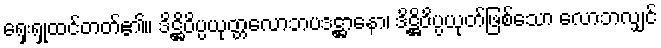
ရှေးရှုထင်တတ်၏။ ဒိဋ္ဌိဝိပ္ပယုတ္တလောဘပဒဋ္ဌာနော၊ ဒိဋ္ဌိဝိပ္ပယုတ်ဖြစ်သော လောဘလျှင်